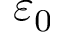
\varepsilon _ { 0 }